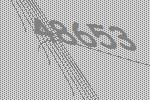
48653